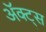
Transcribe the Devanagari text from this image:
ॲक्ट्स